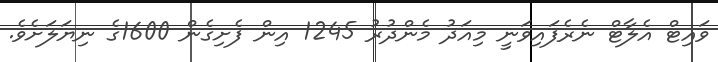
ވައިޓް އެލާޓް ނެރެފައިވަނީ މިއަދު މެންދުރު 1245 އިން ފެށިގެން 1600ގެ ނިޔަލަށެވެ.